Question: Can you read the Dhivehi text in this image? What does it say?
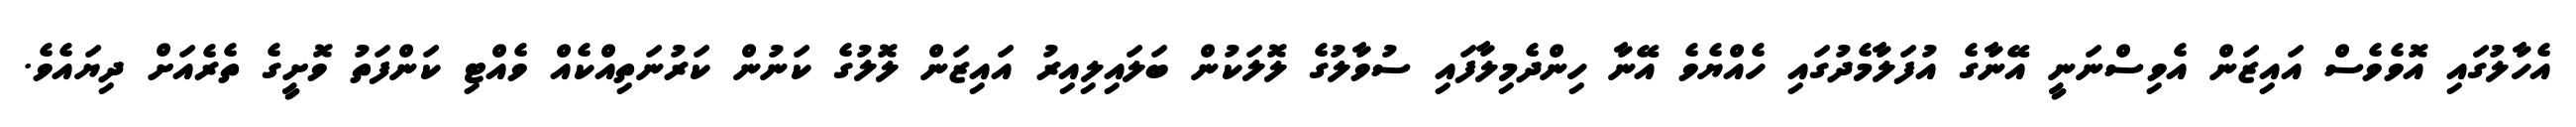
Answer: އެހާލުގައި އޮވެވެސް އައިޒަން އެވިސްނަނީ އޭނާގެ އުފަލާމެދުގައި ހެއްޔެވެ އޭނާ ހިންދެމިލާފައި ސުވާލުގެ ލޮލަކުން ބަލައިލިއިރު އައިޒަން ލޮލުގެ ކަނުން ކަރުނަތިއްކެއް ވެއްޓި ކަންފަތު ވޮށީގެ ތެރެއަށް ދިޔައެވެ.